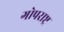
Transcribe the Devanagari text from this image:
गोपराष्ट्र